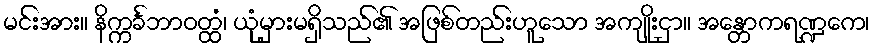
မင်းအား။ နိက္ကင်္ခဘာဝတ္ထံ၊ ယုံမှားမရှိသည်၏ အဖြစ်တည်းဟူသော အကျိုးငှာ။ အန္တောကရဏ္ဍကေ၊